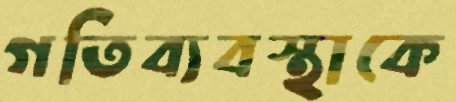
গতিব্যবস্থাকে